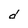
Character: d